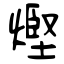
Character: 熞